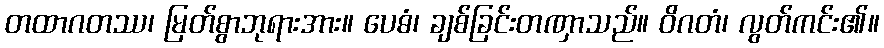
တထာဂတဿ၊ မြတ်စွာဘုရားအား။ ပေဓံ၊ ချစ်ခြင်းတဏှာသည်။ ဝိဂတံ၊ လွတ်ကင်း၏။